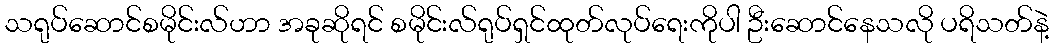
သရုပ်ဆောင်စမိုင်းလ်ဟာ အခုဆိုရင် စမိုင်းလ်ရုပ်ရှင်ထုတ်လုပ်ရေးကိုပါ ဦးဆောင်နေသလို ပရိသတ်နဲ့